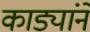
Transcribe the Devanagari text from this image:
काड्यांने